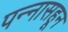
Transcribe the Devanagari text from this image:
पन्‍नासहून